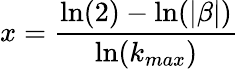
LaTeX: x=\frac{\ln(2)-\ln(|\beta|)}{\ln(k_{max})}